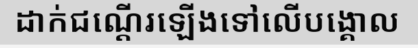
ដាក់ជណ្តើរឡើងទៅលើបង្គោល